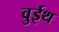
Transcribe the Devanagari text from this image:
वुईथ